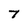
Character: 7